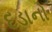
દડાનો